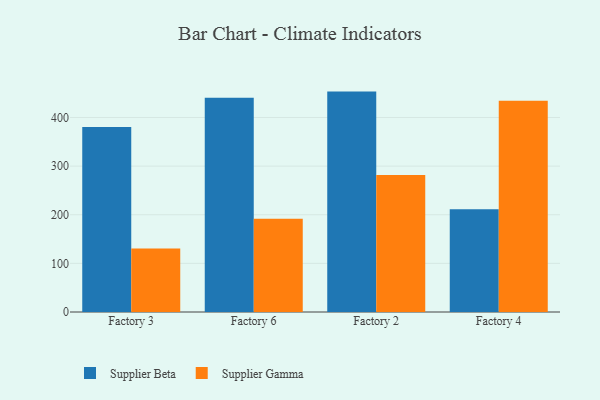
{"axis": {"x": "Factory", "y": "Website Visitors"}, "legend": ["Supplier Beta", "Supplier Gamma"], "data": [{"x": "Factory 3", "y": 380.2, "type": "Supplier Beta"}, {"x": "Factory 3", "y": 130.8, "type": "Supplier Gamma"}, {"x": "Factory 6", "y": 440.3, "type": "Supplier Beta"}, {"x": "Factory 6", "y": 191.5, "type": "Supplier Gamma"}, {"x": "Factory 2", "y": 453.2, "type": "Supplier Beta"}, {"x": "Factory 2", "y": 281.5, "type": "Supplier Gamma"}, {"x": "Factory 4", "y": 211.4, "type": "Supplier Beta"}, {"x": "Factory 4", "y": 434.2, "type": "Supplier Gamma"}]}